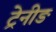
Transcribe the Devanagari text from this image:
ट्रेनीङ